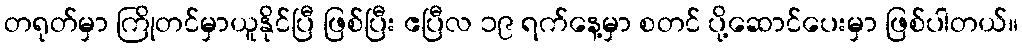
တရုတ်မှာ ကြိုတင်မှာယူနိုင်ပြီ ဖြစ်ပြီး ဧပြီလ ၁၉ ရက်နေ့မှာ စတင် ပို့ဆောင်ပေးမှာ ဖြစ်ပါတယ်။